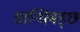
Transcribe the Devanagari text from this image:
सान्धिबड्छ